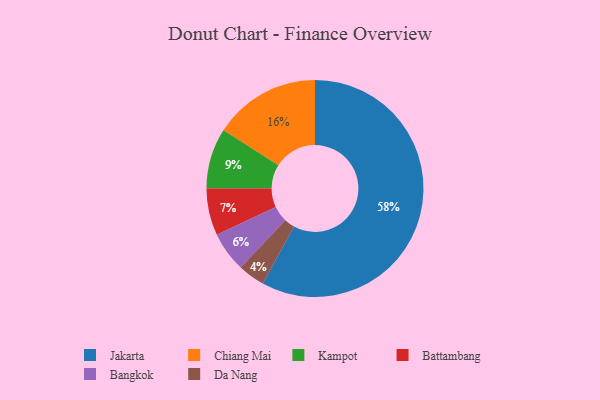
{"axis": {"x": "Category", "y": "Percentage"}, "legend": ["Bangkok", "Battambang", "Chiang Mai", "Da Nang", "Jakarta", "Kampot"], "data": [{"x": "Jakarta", "y": 58, "type": "Jakarta"}, {"x": "Chiang Mai", "y": 16, "type": "Chiang Mai"}, {"x": "Bangkok", "y": 6, "type": "Bangkok"}, {"x": "Kampot", "y": 9, "type": "Kampot"}, {"x": "Da Nang", "y": 4, "type": "Da Nang"}, {"x": "Battambang", "y": 7, "type": "Battambang"}]}